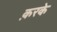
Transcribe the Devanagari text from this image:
क़रके